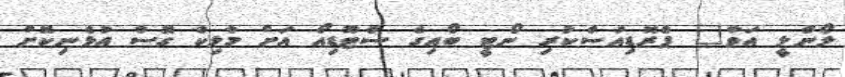
ލޯންލީ އަވާ" ޕްރޮޑިއުސްކުރި ނޯޓީ ބޯއިގެ ސްޓޫޑިއޯ އަށް މާލިކް ގޮސް އުޅެނިކޮށް